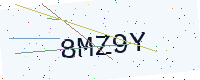
Text: 8MZ9Y